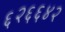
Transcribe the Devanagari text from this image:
६२६६४२